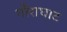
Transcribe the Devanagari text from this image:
गौराघाट